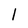
Character: 1